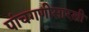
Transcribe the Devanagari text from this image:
पांचगणीसारखी